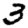
Digit: 3